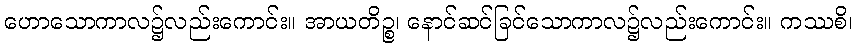
ဟောသောကာလ၌လည်းကောင်း။ အာယတိဉ္စ၊ နောင်ဆင်ခြင်သောကာလ၌လည်းကောင်း။ ကဿစိ၊